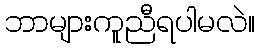
ဘာများကူညီရပါမလဲ။